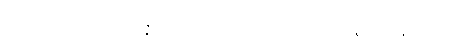
အာဒိတ္တော၊ ရဲရဲငြိ၏။ သမ္ပဇ္ဇလိကော၊ အလျှံပြောင်ပြောင် တောက်၏။ သဇောတိဘူတော၊